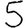
Digit: 5